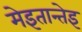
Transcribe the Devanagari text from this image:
मेइतान्तेइ